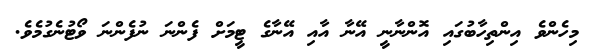
މިހެންވެ އިންތިހާބުގައި އޮންނާނީ އޭނާ އާއި އޭނާގެ ޓީމަށް ފެންނަ ނުފެންނަ ވޯޓުނެގުމެވެ.